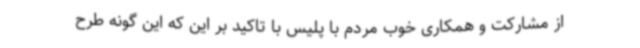
از مشارکت و همکاری خوب مردم با پلیس با تاکید بر این که این گونه طرح